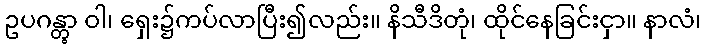
ဥပဂန္တွာ ဝါ၊ ရှေး၌ကပ်လာပြီး၍လည်း။ နိသီဒိတုံ၊ ထိုင်နေခြင်းငှာ။ နာလံ၊